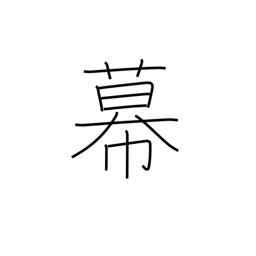
Meaning: bunting